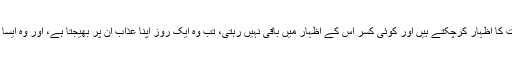
وہ سالہا سال تک ڈھیل دیتا رہتا ہے یہاں تک کہ جب یہ لوگ اپنی پوری خباثت کا اظہار کرچکتے ہیں اور کوئی کسر اس کے اظہار میں باقی نہیں رہتی، تب وہ ایک روز اپنا عذاب ان پر بھیجتا ہے، اور وہ ایسا وقت ہوتا ہے کہ کوئی تدبیر اس وقت انہیں اس کے عذاب سے نہیں بچاسکتی۔